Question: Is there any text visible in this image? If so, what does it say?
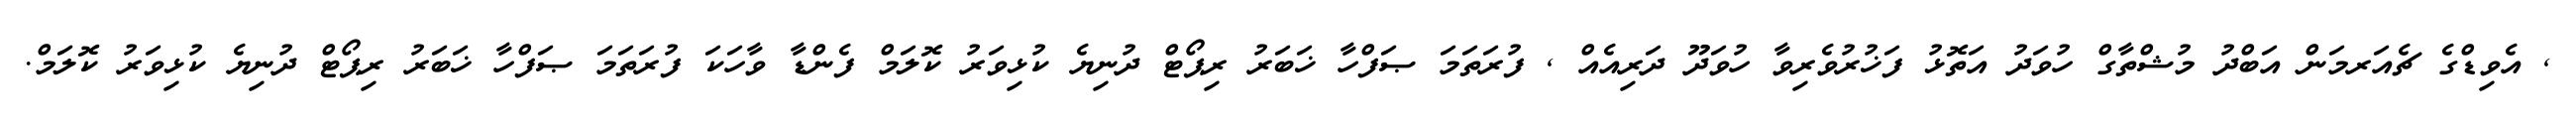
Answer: , އެވިޑްގެ ޗެއަރމަން އަބްދު މުޝްތާގް ހުވަދު އަތޮޅު ފަޚުރުވެރިވާ ހުވަދޫ ދަރިއެއް , ފުރަތަމަ ޞަފްހާ ޚަބަރު ރިޕޯޓް ދުނިޔެ ކުޅިވަރު ކޮލަމް ފެންޑާ ވާހަކަ ފުރަތަމަ ޞަފްހާ ޚަބަރު ރިޕޯޓް ދުނިޔެ ކުޅިވަރު ކޮލަމް.